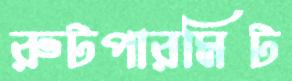
রুটপারমিট